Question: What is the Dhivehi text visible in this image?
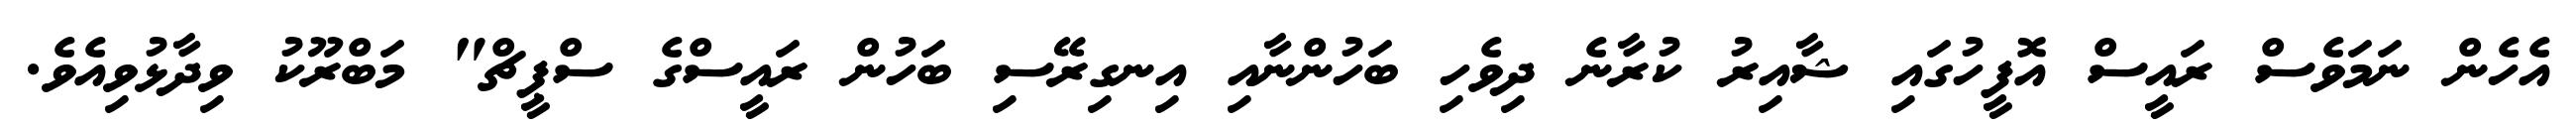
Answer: އެހެން ނަމަވެސް ރައީސް އޮފީހުގައި ޝާއިރު ކުރާނެ ދިވެހި ބަހުންނާއި އިނގިރޭސި ބަހުން ރައީސްގެ ސްޕީޗް" މަބްރޫކު ވިދާޅުވިއެވެ.